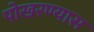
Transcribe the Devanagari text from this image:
पोखरण्यास